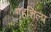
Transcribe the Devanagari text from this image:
गृहशिल्प